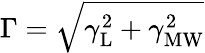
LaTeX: \Gamma=\sqrt{\gamma_{\mathrm{L}}^{2}+\gamma_{\mathrm{MW}}^{2}}